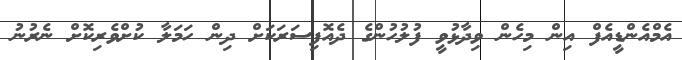
އެމްއެންޑީއެފް އިން މިހެން ވިދާޅުވީ ފުލުހުންގެ ދެއޮފިސަރަކަށް ދިން ހަމަލާ ކުށްވެރިކޮށް ނެރުނު